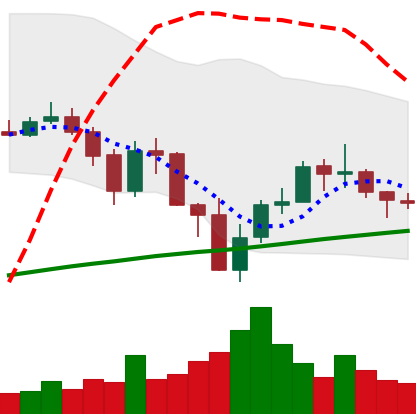
Ticker: BNB-USD
Chart end date: 2019-07-25
Forward return: -7.103%
Label: down_7plus